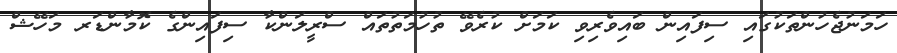
ހަމަނުޖެހުންތަކުގައި ސިފައިން ބައިވެރިވި ކަމަށް ކުރެވޭ ތުހުމަތުތައް ސްރީލަންކާ ސިފައިންގެ ކޮމާންޑަރ މަހޭޝް